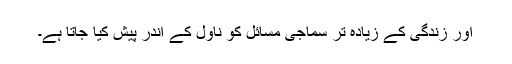
اور زندگی کے زیادہ تر سماجی مسائل کو ناول کے اندر پیش کیا جاتا ہے۔